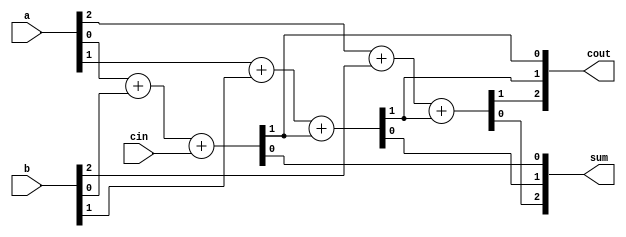
module top_module( 
    input [2:0] a, b,
    input cin,
    output [2:0] cout,
    output [2:0] sum );
    
    assign {cout[0],sum[0]} = a[0] + b[0] + cin;
    
    assign {cout[1],sum[1]} = a[1] + b[1] + cout[0];
    
    assign {cout[2],sum[2]} = a[2] + b[2] + cout[1];
    

endmodule